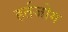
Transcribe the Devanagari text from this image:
हर्तजोग